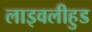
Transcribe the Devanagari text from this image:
लाइवलीहुड